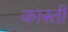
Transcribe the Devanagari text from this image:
कास्ती